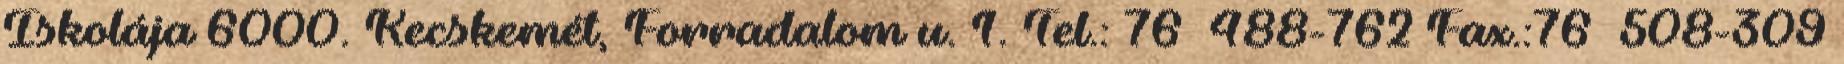
Iskolája 6000. Kecskemét, Forradalom u. 1. Tel.: 76 488-762 Fax.:76 508-309